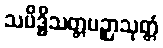
သမိဒ္ဓိသတ္တပဉှာသုတ္တံ